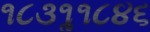
૧૮૩૧ૢ૧૮૪૬